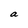
Character: a